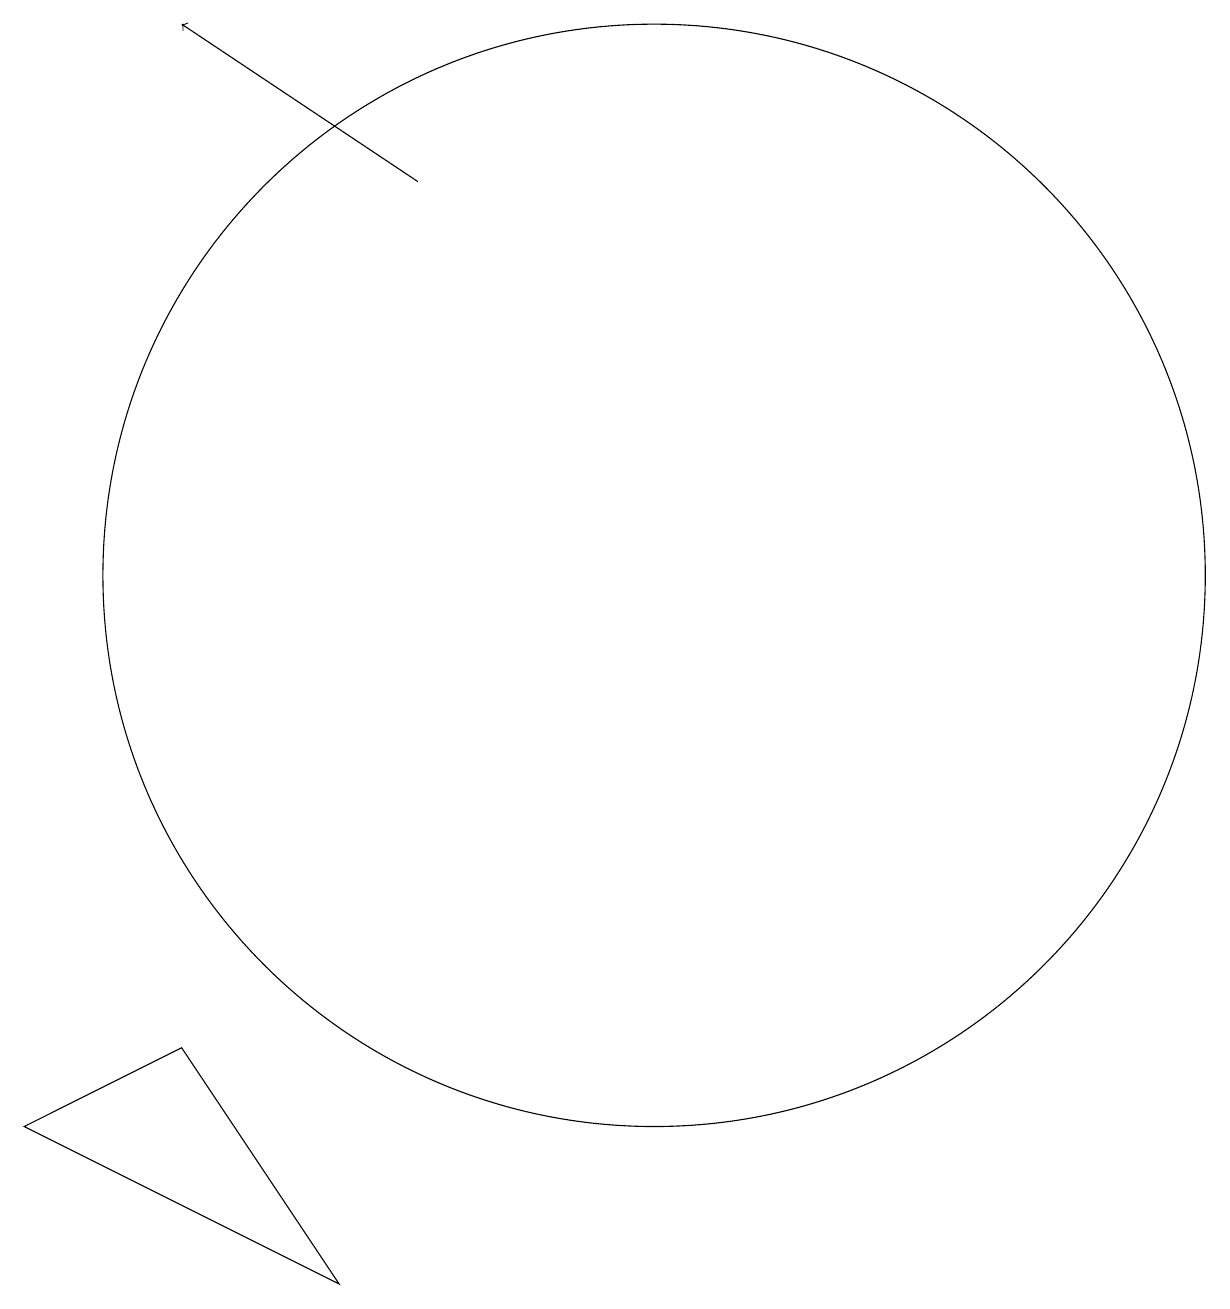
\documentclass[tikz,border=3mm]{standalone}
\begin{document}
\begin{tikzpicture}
\draw[->] (7,17) -- (4,19);
\draw (10,12) circle (7);
\draw (6,3) -- (4,6) -- (2,5) -- cycle;
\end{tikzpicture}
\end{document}